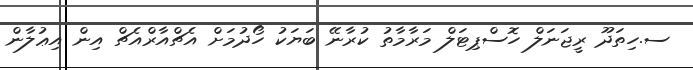
ސ.ހިތަދޫ ރީޖަނަލް ހޮސްޕިޓަލް މަރާމާތު ކުރާނޭ ބަޔަކު ހޯދުމަށް އެޗްއާރްއެޗް އިން އިޢުލާން